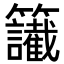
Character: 𥸔